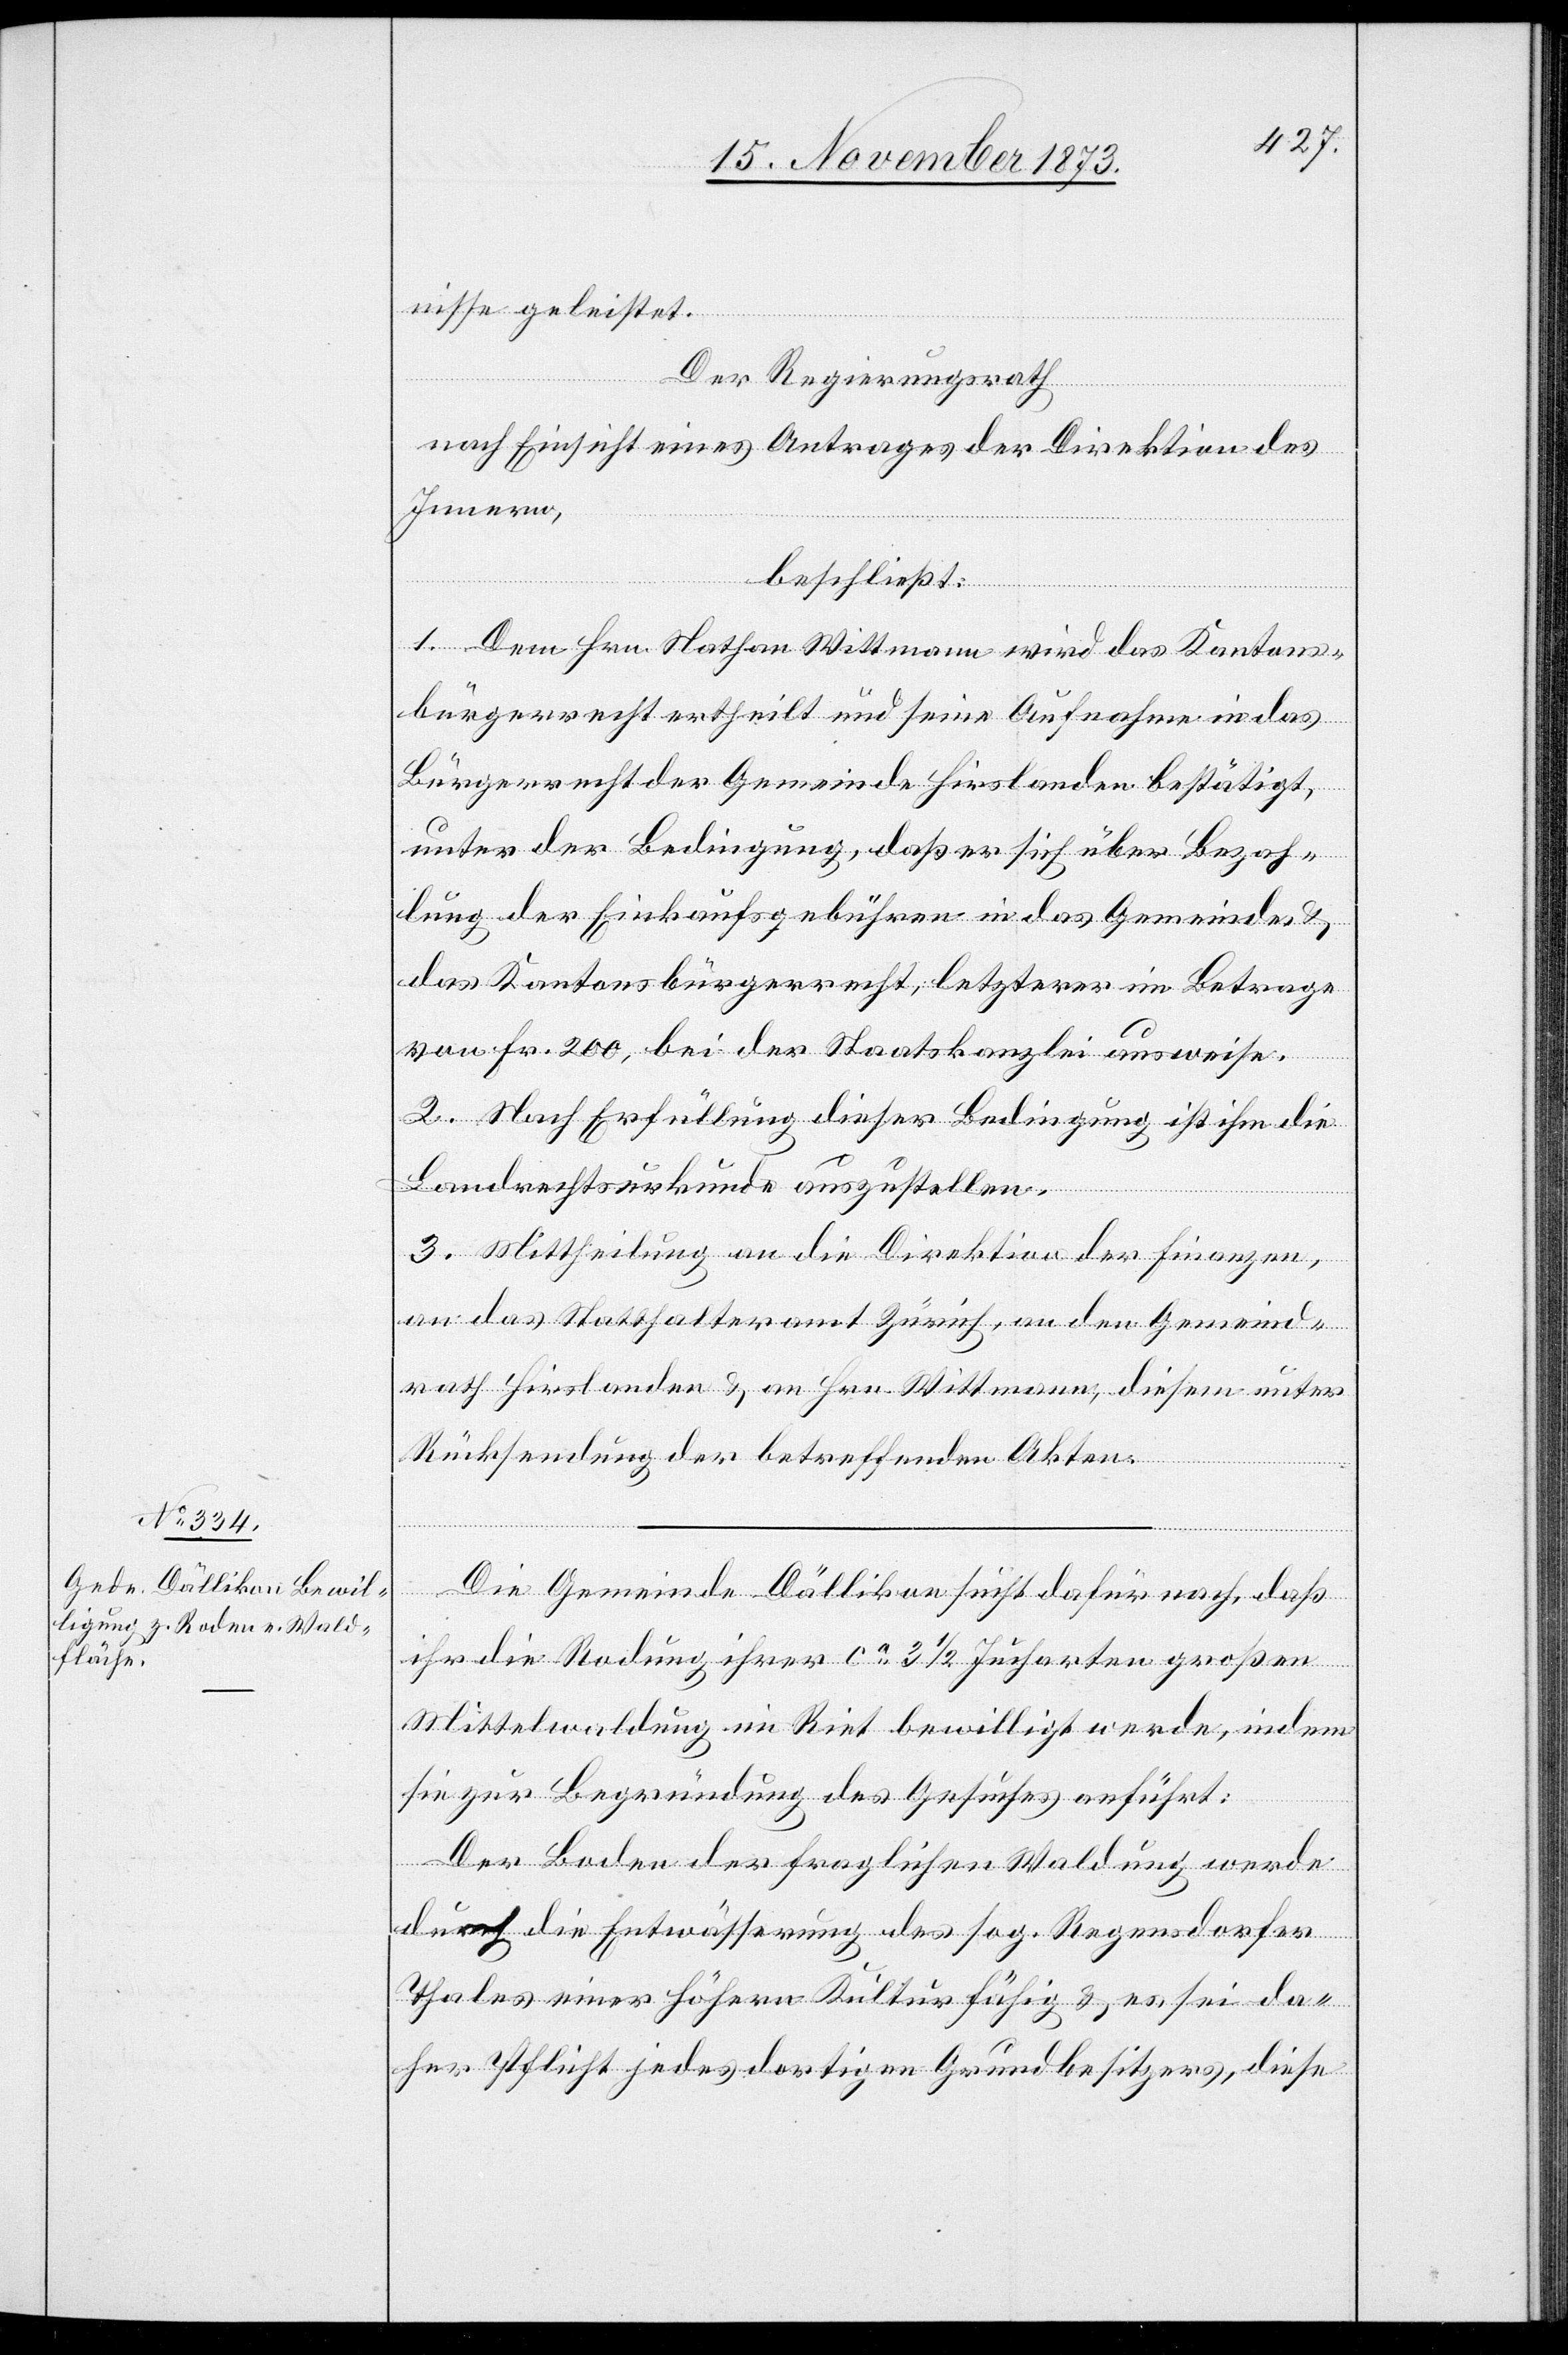
nisse geleistet.
Der Regierungsrath
nach Einsicht eines Antrages der Direktion des
Innern,
beschließt:
1. Dem Hrn. Nathan Wittmann wird das Kantons¬
bürgerrecht ertheilt und seine Aufnahme in das
Bürgerrecht der Gemeinde Hirslanden bestätigt,
unter der Bedingung, daß er sich über Bezah¬
lung der Einkaufsgebühren in das Gemeinde-
das Kantonsbürgerrecht, letzterer im Betrage
von Fr. 200, bei der Staatskanzlei ausweise.
2. Nach Erfüllung dieser Bedingung ist ihm die
Landrechtsurkunde auszustellen.
3. Mittheilung an die Direktion der Finanzen,
an das Statthalteramt Zürich, an den Gemeind¬
rath Hirslanden & an Hrn. Wittmann, diesem unter
Rücksendung der betreffenden Akten.
Die Gemeinde Dällikon sucht dafür nach, daß
ihr die Rodung ihrer ca 3 1/2 Jucharten großen
Mittelwaldung im Riet bewilligt werde, indem
sie zur Begründung des Gesuches anführt:
Der Boden der fraglichen Waldung werde
durch die Entwässerung des sog. Regensdorfer
Thales einer höhern Kultur fähig & es sei da¬
her Pflicht jedes dortigen Grundbesitzers, diese